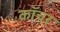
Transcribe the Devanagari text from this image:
कॉचर